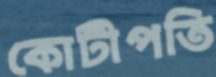
কোটীপতি